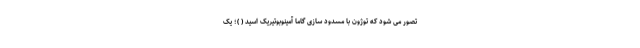
تصور می شود که توژون با مسدود سازی گاما آمینوبوتیریک اسید ( )؛ یک